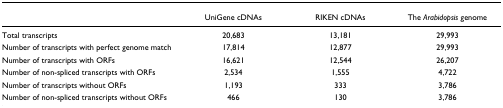
|  | UniGene cDNAs | RIKEN cDNAs | The Arabidopsis genome |
 | --- | --- | --- | --- |
 | Total transcripts | 20,683 | 13,181 | 29,993 |
 | Number of transcripts with perfect genome match | 17,814 | 12,877 | 29,993 |
 | Number of transcripts with ORFs | 16,621 | 12,544 | 26,207 |
 | Number of non-spliced transcripts with ORFs | 2,534 | 1,555 | 4,722 |
 | Number of transcripts without ORFs | 1,193 | 333 | 3,786 |
 | Number of non-spliced transcripts without ORFs | 466 | 130 | 3,786 |